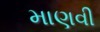
માણવી